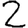
Digit: 2